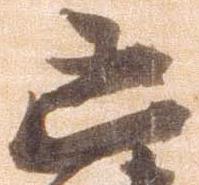
凶